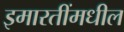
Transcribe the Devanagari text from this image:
इमारतींमधील